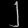
Digit: ၂